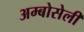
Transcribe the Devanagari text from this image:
अम्बोसेली